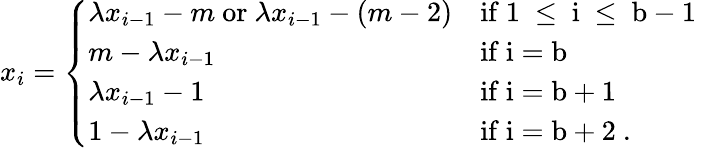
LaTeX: x_{i}=\left\{ \begin{array}{ll}{\lambda x_{i-1}-m\ \mathrm{or}\ \lambda x_{i-1}-(m-2)}&{\mathrm{if~1~\leq~i~\leq~b-1~}}\\ {m-\lambda x_{i-1}}&{\mathrm{if~i=b~}}\\ {\lambda x_{i-1}-1}&{\mathrm{if~i=b+1~}}\\ {1-\lambda x_{i-1}}&{\mathrm{if~i=b+2~.}}\end{array}\right.